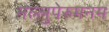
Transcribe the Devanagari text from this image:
नल्लुपेरुमनम